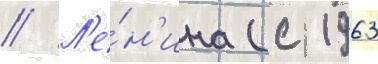
// Л'е́н'ина (с 1963